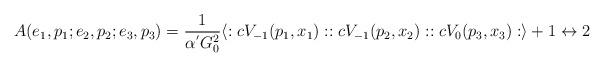
LaTeX: \begin{align*}A(e_1,p_1;e_2,p_2;e_3,p_3)=\frac{1}{\alpha^{'}G^2_0}\langle:cV_{-1}(p_1,x_1)::cV_{-1}(p_2,x_2)::cV_{0}(p_3,x_3):\rangle+1\leftrightarrow 2\end{align*}